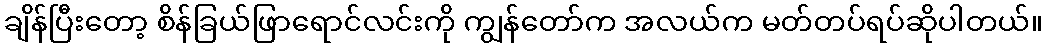
ချိန်ပြီးတော့ စိန်ခြယ်ဖြာရောင်လင်းကို ကျွန်တော်က အလယ်က မတ်တပ်ရပ်ဆိုပါတယ်။